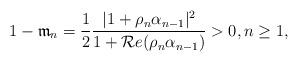
LaTeX: \begin{align*} 1 -\mathfrak{m}_{n} = \frac{1}{2} \frac{|1 + \rho_{n} \alpha_{n-1}|^2}{1 + \mathcal{R}e( \rho_{n} \alpha_{n-1})} > 0, n \geq 1,\end{align*}